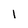
Character: 1